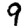
Digit: 9